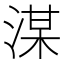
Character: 湈